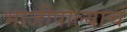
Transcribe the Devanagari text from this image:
भाजीपाल्याचं